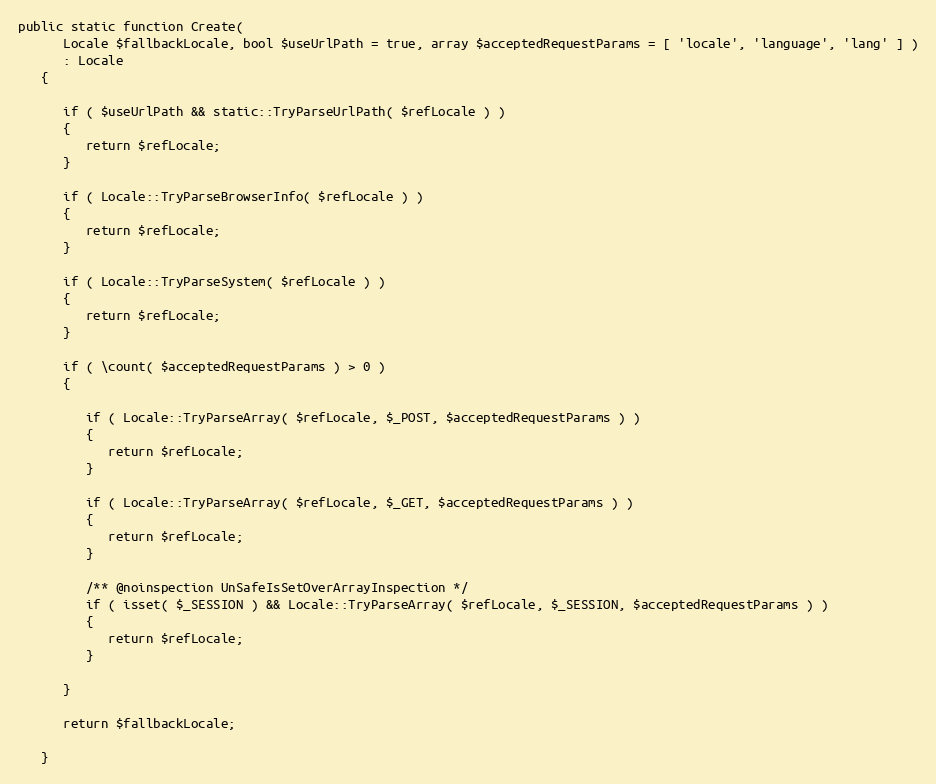
Language: PHP
public static function Create(
      Locale $fallbackLocale, bool $useUrlPath = true, array $acceptedRequestParams = [ 'locale', 'language', 'lang' ] )
      : Locale
   {

      if ( $useUrlPath && static::TryParseUrlPath( $refLocale ) )
      {
         return $refLocale;
      }

      if ( Locale::TryParseBrowserInfo( $refLocale ) )
      {
         return $refLocale;
      }

      if ( Locale::TryParseSystem( $refLocale ) )
      {
         return $refLocale;
      }

      if ( \count( $acceptedRequestParams ) > 0 )
      {

         if ( Locale::TryParseArray( $refLocale, $_POST, $acceptedRequestParams ) )
         {
            return $refLocale;
         }

         if ( Locale::TryParseArray( $refLocale, $_GET, $acceptedRequestParams ) )
         {
            return $refLocale;
         }

         /** @noinspection UnSafeIsSetOverArrayInspection */
         if ( isset( $_SESSION ) && Locale::TryParseArray( $refLocale, $_SESSION, $acceptedRequestParams ) )
         {
            return $refLocale;
         }

      }

      return $fallbackLocale;

   }